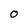
Character: O